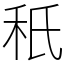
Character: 秖